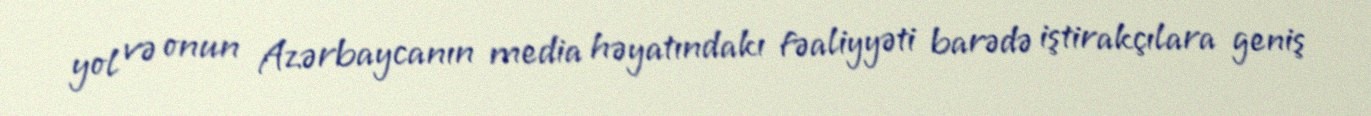
yol və onun Azərbaycanın media həyatındakı fəaliyyəti barədə iştirakçılara geniş